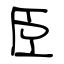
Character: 臣